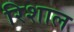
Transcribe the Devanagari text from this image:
रिशाल